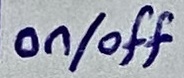
Text: on/off